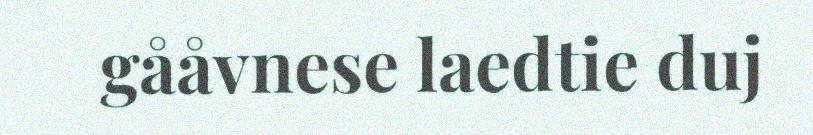
gååvnese laedtie duj